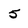
Character: 5